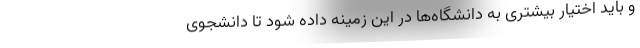
و باید اختیار بیشتری به دانشگاه‌ها در این زمینه داده شود تا دانشجوی